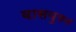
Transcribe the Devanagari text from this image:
वासयुगन